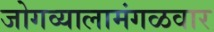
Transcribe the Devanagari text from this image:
जोगव्यालामंगळवार